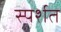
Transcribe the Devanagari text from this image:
स्पर्शत